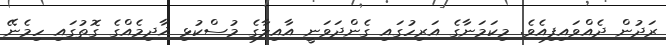
ރަދުން ދެއްވައިފިއެވެ. މިކަމަނާގެ އަރިހުގައި ގެންދަވަނީ އާއިލާގެ މުސްކުޅި ޚާދިމެއްގެ ގޮތުގައި ހިމެނޭ